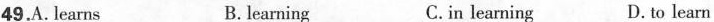
49.A. Learns B.learning C.in learning D. to learn